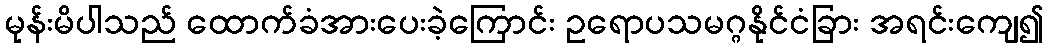
မုန်းမိပါသည် ထောက်ခံအားပေးခဲ့ကြောင်း ဥရောပသမဂ္ဂနိုင်ငံခြား အရင်းကျေ၍